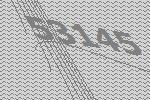
53145